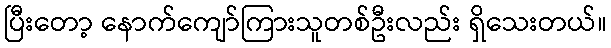
ပြီးတော့ နောက်ကျော်ကြားသူတစ်ဦးလည်း ရှိသေးတယ်။